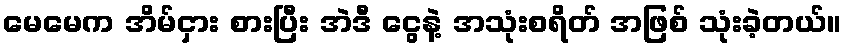
မေမေက အိမ်ငှား စားပြီး အဲဒီ ငွေနဲ့ အသုံးစရိတ် အဖြစ် သုံးခဲ့တယ်။